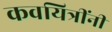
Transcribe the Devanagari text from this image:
कवयित्रींनी